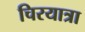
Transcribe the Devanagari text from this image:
चिरयात्रा